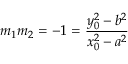
m _ { 1 } m _ { 2 } = - 1 = { \frac { y _ { 0 } ^ { 2 } - b ^ { 2 } } { x _ { 0 } ^ { 2 } - a ^ { 2 } } }